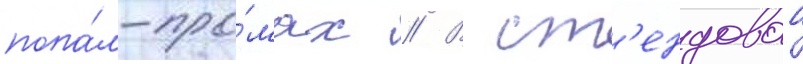
попа́л-про́мах // В ст'ендовои